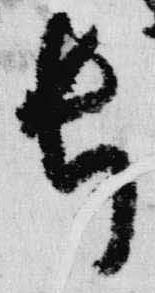
長